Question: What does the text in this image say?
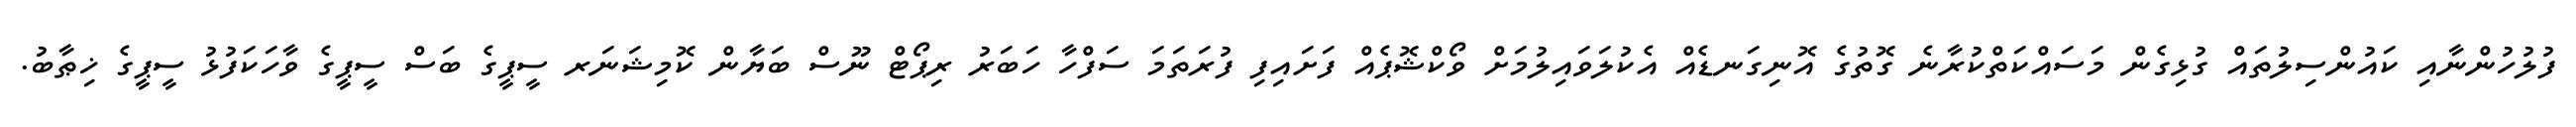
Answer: ފުލުހުންނާއި ކައުންސިލުތައް ގުޅިގެން މަސައްކަތްކުރާނެ ގޮތުގެ އޮނިގަނޑެއް އެކުލަވައިލުމަށް ވޯކްޝޮޕެއް ފަށައިފި ފުރަތަމަ ސަފްހާ ހަބަރު ރިޕޯޓް ނޫސް ބަޔާން ކޮމިޝަނަރ ސީޕީގެ ބަސް ސީޕީގެ ވާހަކަފުޅު ސީޕީގެ ޚިޠާބު.